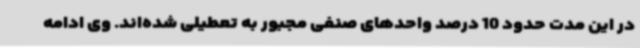
در این مدت حدود 10 درصد واحدهای صنفی مجبور به تعطیلی شده‌اند. وی ادامه